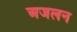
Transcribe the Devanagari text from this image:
अजलन